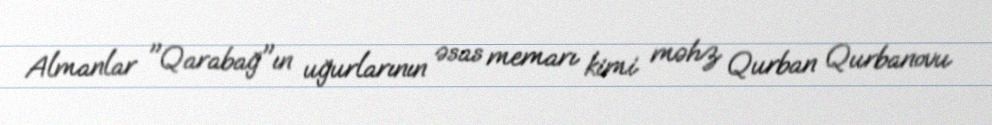
Almanlar "Qarabağ"ın uğurlarının əsas memarı kimi məhz Qurban Qurbanovu